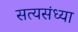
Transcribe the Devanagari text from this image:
सत्यसंध्या